Vaccination in Burma 1920-1933 - 1920-1933
Year: 1920
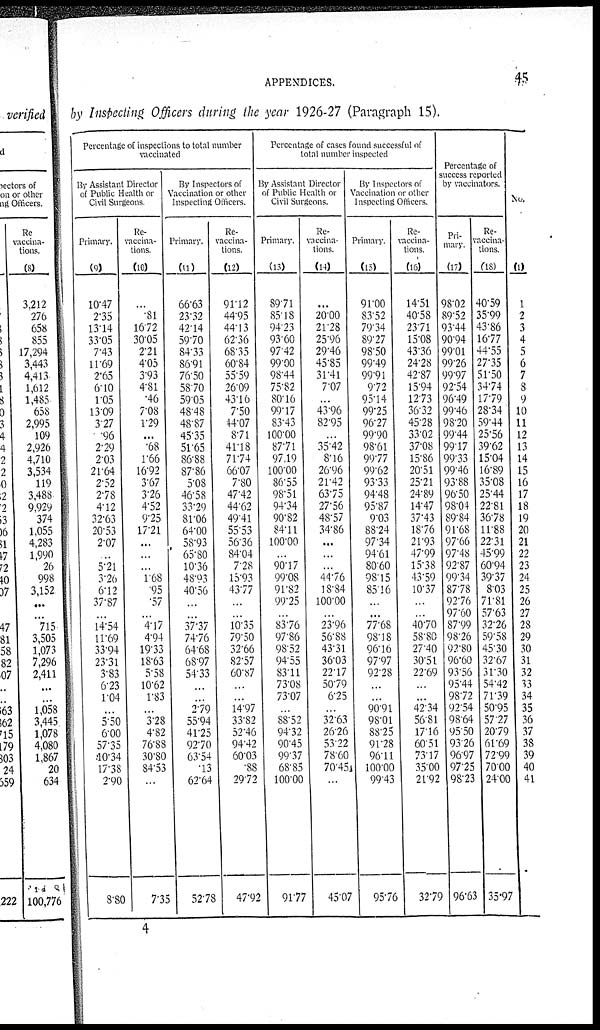
APPENDICES.
45
by Inspecting Officers during the year 1926-27 (Paragraph 15).
Percentage of inspections to total number
vaccinated
By Assistant Director
of Public Health or
Civil Surgeons.
Primary.
(9)
10.47
2.35
13.14
33.05
7.43
11.69
2.65
6.10
1.05
13.09
3.27
.96
2.29
2.03
21.64
2.52
2.78
4.12
32.63
20.53
2.07
...
5.21
3.26
6.12
37.87
...
14.54
11.69
33.94
23.31
3.83
6.23
1.04
...
5.50
6.00
57.35
10.34
17.38
2.90
8.80
Re-
vaccina-
tions.
(10)
...
.81
16.72
30.05
2.21
4.05
3.93
4.81
.46
7.08
1.29
...
.68
1.66
16.92
3.67
3.26
4.52
9.25
17.21
...
...
...
1.68
.95
.57
...
4.17
4.94
19.33
18.63
5.58
10.62
1.83
...
3.28
4.82
76.88
30.80
84.53
...
7.35
By Inspectors of
Vaccination or other
Inspecting Officers.
Primary.
(11)
66.63
23.32
42.14
59.70
84.33
86.91
76.50
58.70
59.05
48.48
48.87
45.35
51.65
86.88
87.86
5.08
46.58
33.29
81.06
64.00
58.93
65.80
10.36
48.93
40.56
...
...
37.37
74.76
64.68
68.97
54.33
...
...
2.79
55.94
41.25
92.70
63.54
.13
62.64
52.78
Re-
vaccina-
tions.
(12)
91.12
44.95
44.13
62.36
68.35
60.84
55.59
26.09
43.16
7.50
44.07
8.71
41.18
71.74
66.07
7.80
47.42
44.62
49.41
55.53
56.36
84.04
7.28
15.93
43.77
...
...
10.35
79.50
32.66
82.57
60.87
...
...
14.97
33.82
52.46
94.42
60.03
.88
29.72
47.92
Percentage of cases found successful of
total number inspected
By Assistant Director
of Public Health or
Civil Surgeons.
Primary.
(13)
89.71
85.18
94.23
93.60
97.42
99.00
98.44
75.82
80.16
99.17
83.43
100.00
87.71
97.19
100.00
86.55
98.51
94.34
90.82
84.11
100.00
...
90.17
99.08
91.82
99.25
...
83.76
97.86
98.52
94.55
83.11
73.08
73.07
...
88.52
94.32
90.45
99.37
68.85
100.00
91.77
Re-
vaccina-
tions.
(14)
...
20.00
21.28
25.96
29.46
45.85
31.41
7.07
...
43.96
82.95
...
35.42
8.16
26.96
21.42
63.75
27.56
48.57
34.86
...
...
...
44.76
18.84
100.00
...
23.96
56.88
43.31
36.03
22.17
50.79
6.25
...
32.63
26.26
53.22
78.60
70.45
...
45.07
By Inspectors of
Vaccination or other
Inspecting Officers.
Primary.
(15)
91.00
83.52
79.34
89.27
98.50
99.49
99.91
9.72
95.14
99.25
96.27
99.90
98.61
99.77
99.62
93.33
94.48
95.87
9.03
88.24
97.34
94.61
80.60
98.15
85.16
...
...
77.68
98.18
96.16
97.97
92.28
...
...
90.91
98.01
88.25
91.28
96.11
100.00
99.43
95.76
Re-
vaccina-
tions.
(16)
14.51
40.58
23.71
15.08
43.36
24.28
42.87
15.94
12.73
36.32
45.28
33.02
37.08
15.86
20.51
25.21
24.89
14.47
37.43
18.76
21.93
47.99
15.38
43.59
10.37
...
...
40.70
58.80
27.40
30.51
22.69
...
...
42.34
56.81
17.16
60.51
73.17
35.00
21.92
32.79
Percentage of
success reported
by vaccinators.
Pri-
mary.
(17)
98.02
89.52
93.44
90.94
99.01
99.26
99.97
92.54
96.49
99.46
98.20
99.44
99.17
99.33
99.46
93.88
96.50
98.04
89.84
91.68
97.66
97.48
92.87
99.34
87.78
92.76
97.60
87.99
98.26
92.80
96.60
93.56
95.44
98.72
92.54
98.64
95.50
93.26
96.97
97.25
98.23
96.63
Re-
vaccina-
tions.
(18)
40.59
35.99
43.86
16.77
44.55
27.35
51.50
34.74
17.79
28.34
59.44
25.56
39.62
15.04
16.89
35.08
25.44
22.81
36.78
11.88
22.31
45.99
60.94
39.37
8.03
71.81
57.63
32.26
59.58
45.30
32.67
31.30
54.42
71.39
50.95
57.27
20.79
61.69
72.99
70.00
24.00
35.97
No.
(1)
1
2
3
4
5
6
7
8
9
10
11
12
13
14
15
16
17
18
19
20
21
22
23
24
25
26
27
28
29
30
31
32
33
34
35
36
37
38
39
40
41
4